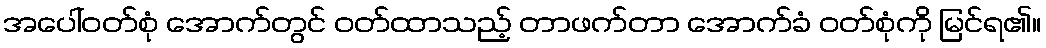
အပေါ်ဝတ်စုံ အောက်တွင် ဝတ်ထာသည့် တာဖက်တာ အောက်ခံ ဝတ်စုံကို မြင်ရ၏။